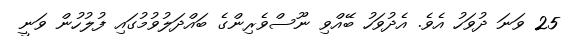
25 ވަނަ ދުވަހު އެވެ. އެދުވަހު ބޭއްވި ނޫސްވެރިންގެ ބައްދަލުވުމުގައި ފުލުހުން ވަނީ